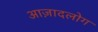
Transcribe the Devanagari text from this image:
आज़ादलोग